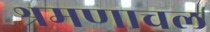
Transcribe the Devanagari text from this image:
श्रमणाचल